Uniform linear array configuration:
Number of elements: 64
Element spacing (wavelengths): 1
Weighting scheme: blackman
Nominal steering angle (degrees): -60
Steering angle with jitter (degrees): -61.618
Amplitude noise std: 0.05
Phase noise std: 0.05

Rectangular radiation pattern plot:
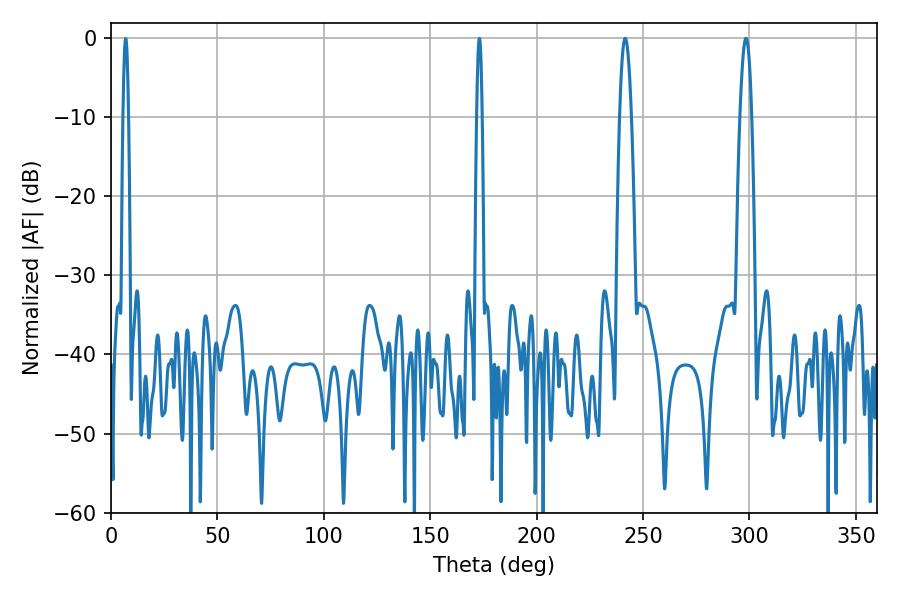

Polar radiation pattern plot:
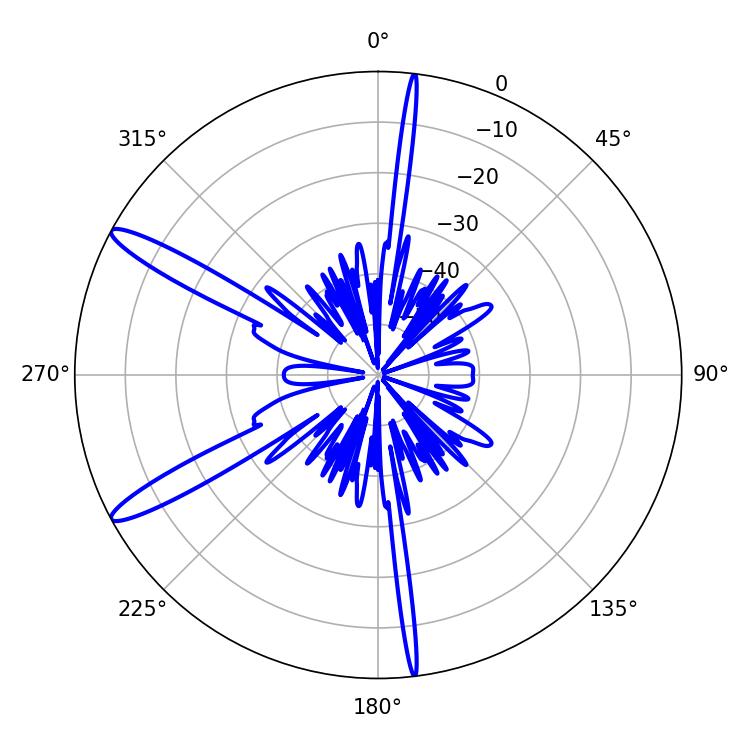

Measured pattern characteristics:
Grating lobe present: TRUE
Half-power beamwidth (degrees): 3.06
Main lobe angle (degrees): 241.56